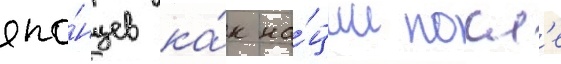
япо́нцев ка́к на́ции посл'е